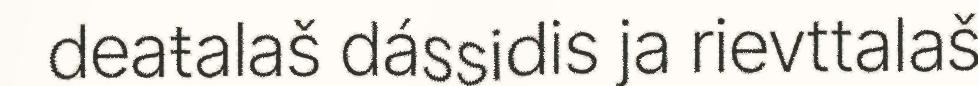
deaŧalaš dássidis ja rievttalaš